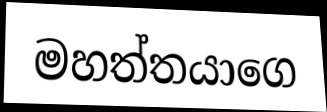
මහත්තයාගෙ